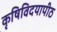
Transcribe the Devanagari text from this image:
कृषिविदयापीठ